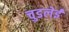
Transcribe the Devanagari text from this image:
चुडलेई